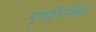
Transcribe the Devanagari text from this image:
पूनर्प्रशिक्षिण